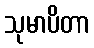
သုမာပိတာ